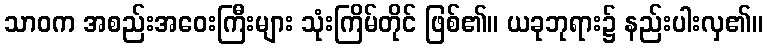
သာဝက အစည်းအဝေးကြီးများ သုံးကြိမ်တိုင် ဖြစ်၏။ ယခုဘုရား၌ နည်းပါးလှ၏။